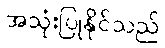
အသုံးပြုနိုင်သည်